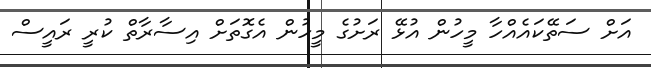
އަށް ސަތޭކައެއްހާ މީހުން އުޅޭ ރަށުގެ މީހުން އެގޮތަށް އިސާރާތް ކުރީ ރައީސް